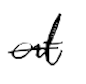
Text: at
Cross-out: single-line
Writing tool: digital_black